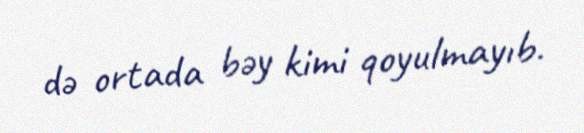
də ortada bəy kimi qoyulmayıb.